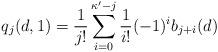
LaTeX: \begin{align*}q_j(d,1)=\frac{1}{j!}\sum _{i=0}^{\kappa' -j} \frac{1}{i!} (-1)^i b_{j+i}(d) \end{align*}